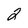
Character: 2